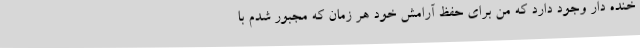
خنده دار وجود دارد که من برای حفظ آرامش خود هر زمان که مجبور شدم با